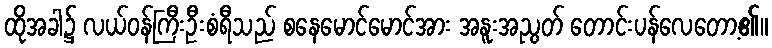
ထိုအခါ၌ လယ်ဝန်ကြီးဦးစံရီသည် စနေမောင်မောင်အား အနူးအညွတ် တောင်းပန်လေတော့၏။